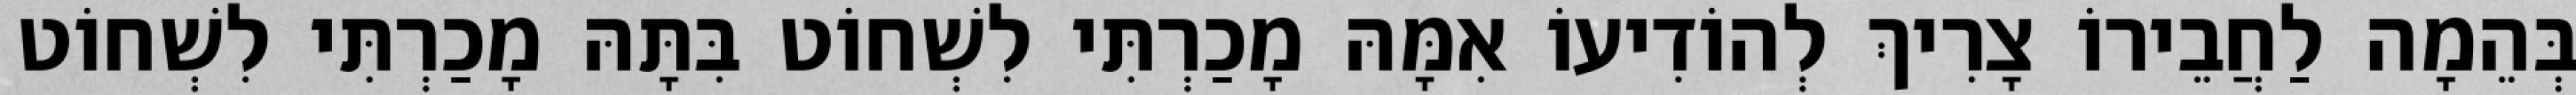
בְּהֵמָה לַחֲבֵירוֹ צָרִיךְ לְהוֹדִיעוֹ אִמָּהּ מָכַרְתִּי לִשְׁחוֹט בִּתָּהּ מָכַרְתִּי לִשְׁחוֹט